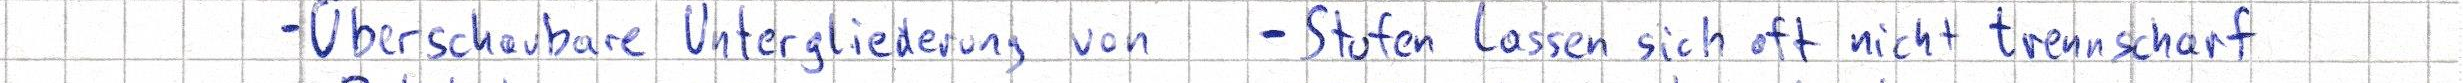
- Überschaubare Untergliederung von  - Stufen lassen sich oft nicht trennscharf